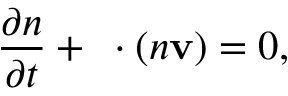
\frac { \partial n } { \partial t } + { \bf \nabla } \cdot ( n { \bf v } ) = 0 ,